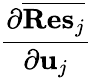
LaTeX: \frac{\partial\overline{{{\mathbf{Res}}_{j}}}}{\partial{\mathbf u}_{j}}